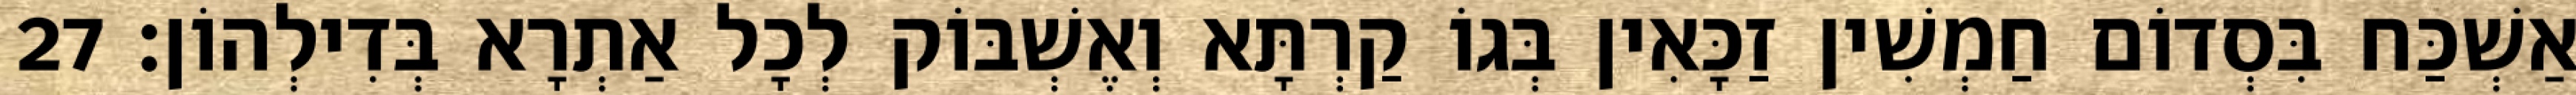
אַשְׁכַּח בִּסְדוֹם חַמְשִׁין זַכָּאִין בְּגוֹ קַרְתָּא וְאֶשְׁבּוֹק לְכָל אַתְרָא בְּדִילְהוֹן׃ 27